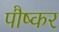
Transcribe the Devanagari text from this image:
पौष्कर